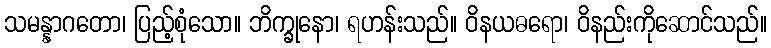
သမန္နာဂတော၊ ပြည့်စုံသော။ ဘိက္ခုနော၊ ရဟန်းသည်။ ဝိနယဓရော၊ ဝိနည်းကိုဆောင်သည်။